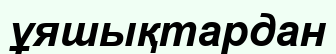
ұяшықтардан